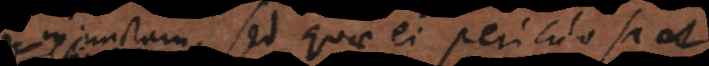
injunctam, sed quae ei periculosa